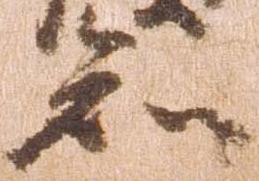
知